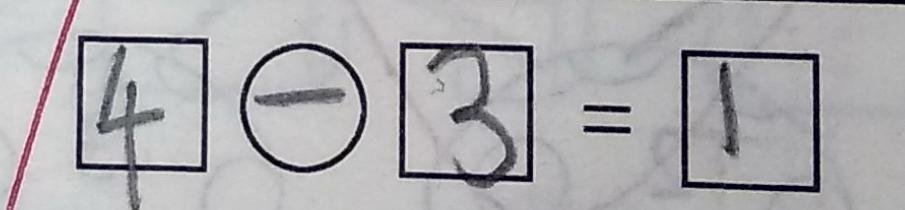
\boxed { 4 } \textcircled { - } \boxed { 3 } = \boxed { 1 }